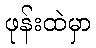
ဖုန်းထဲမှာ